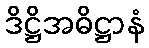
ဒိဋ္ဌိအဓိဋ္ဌာနံ